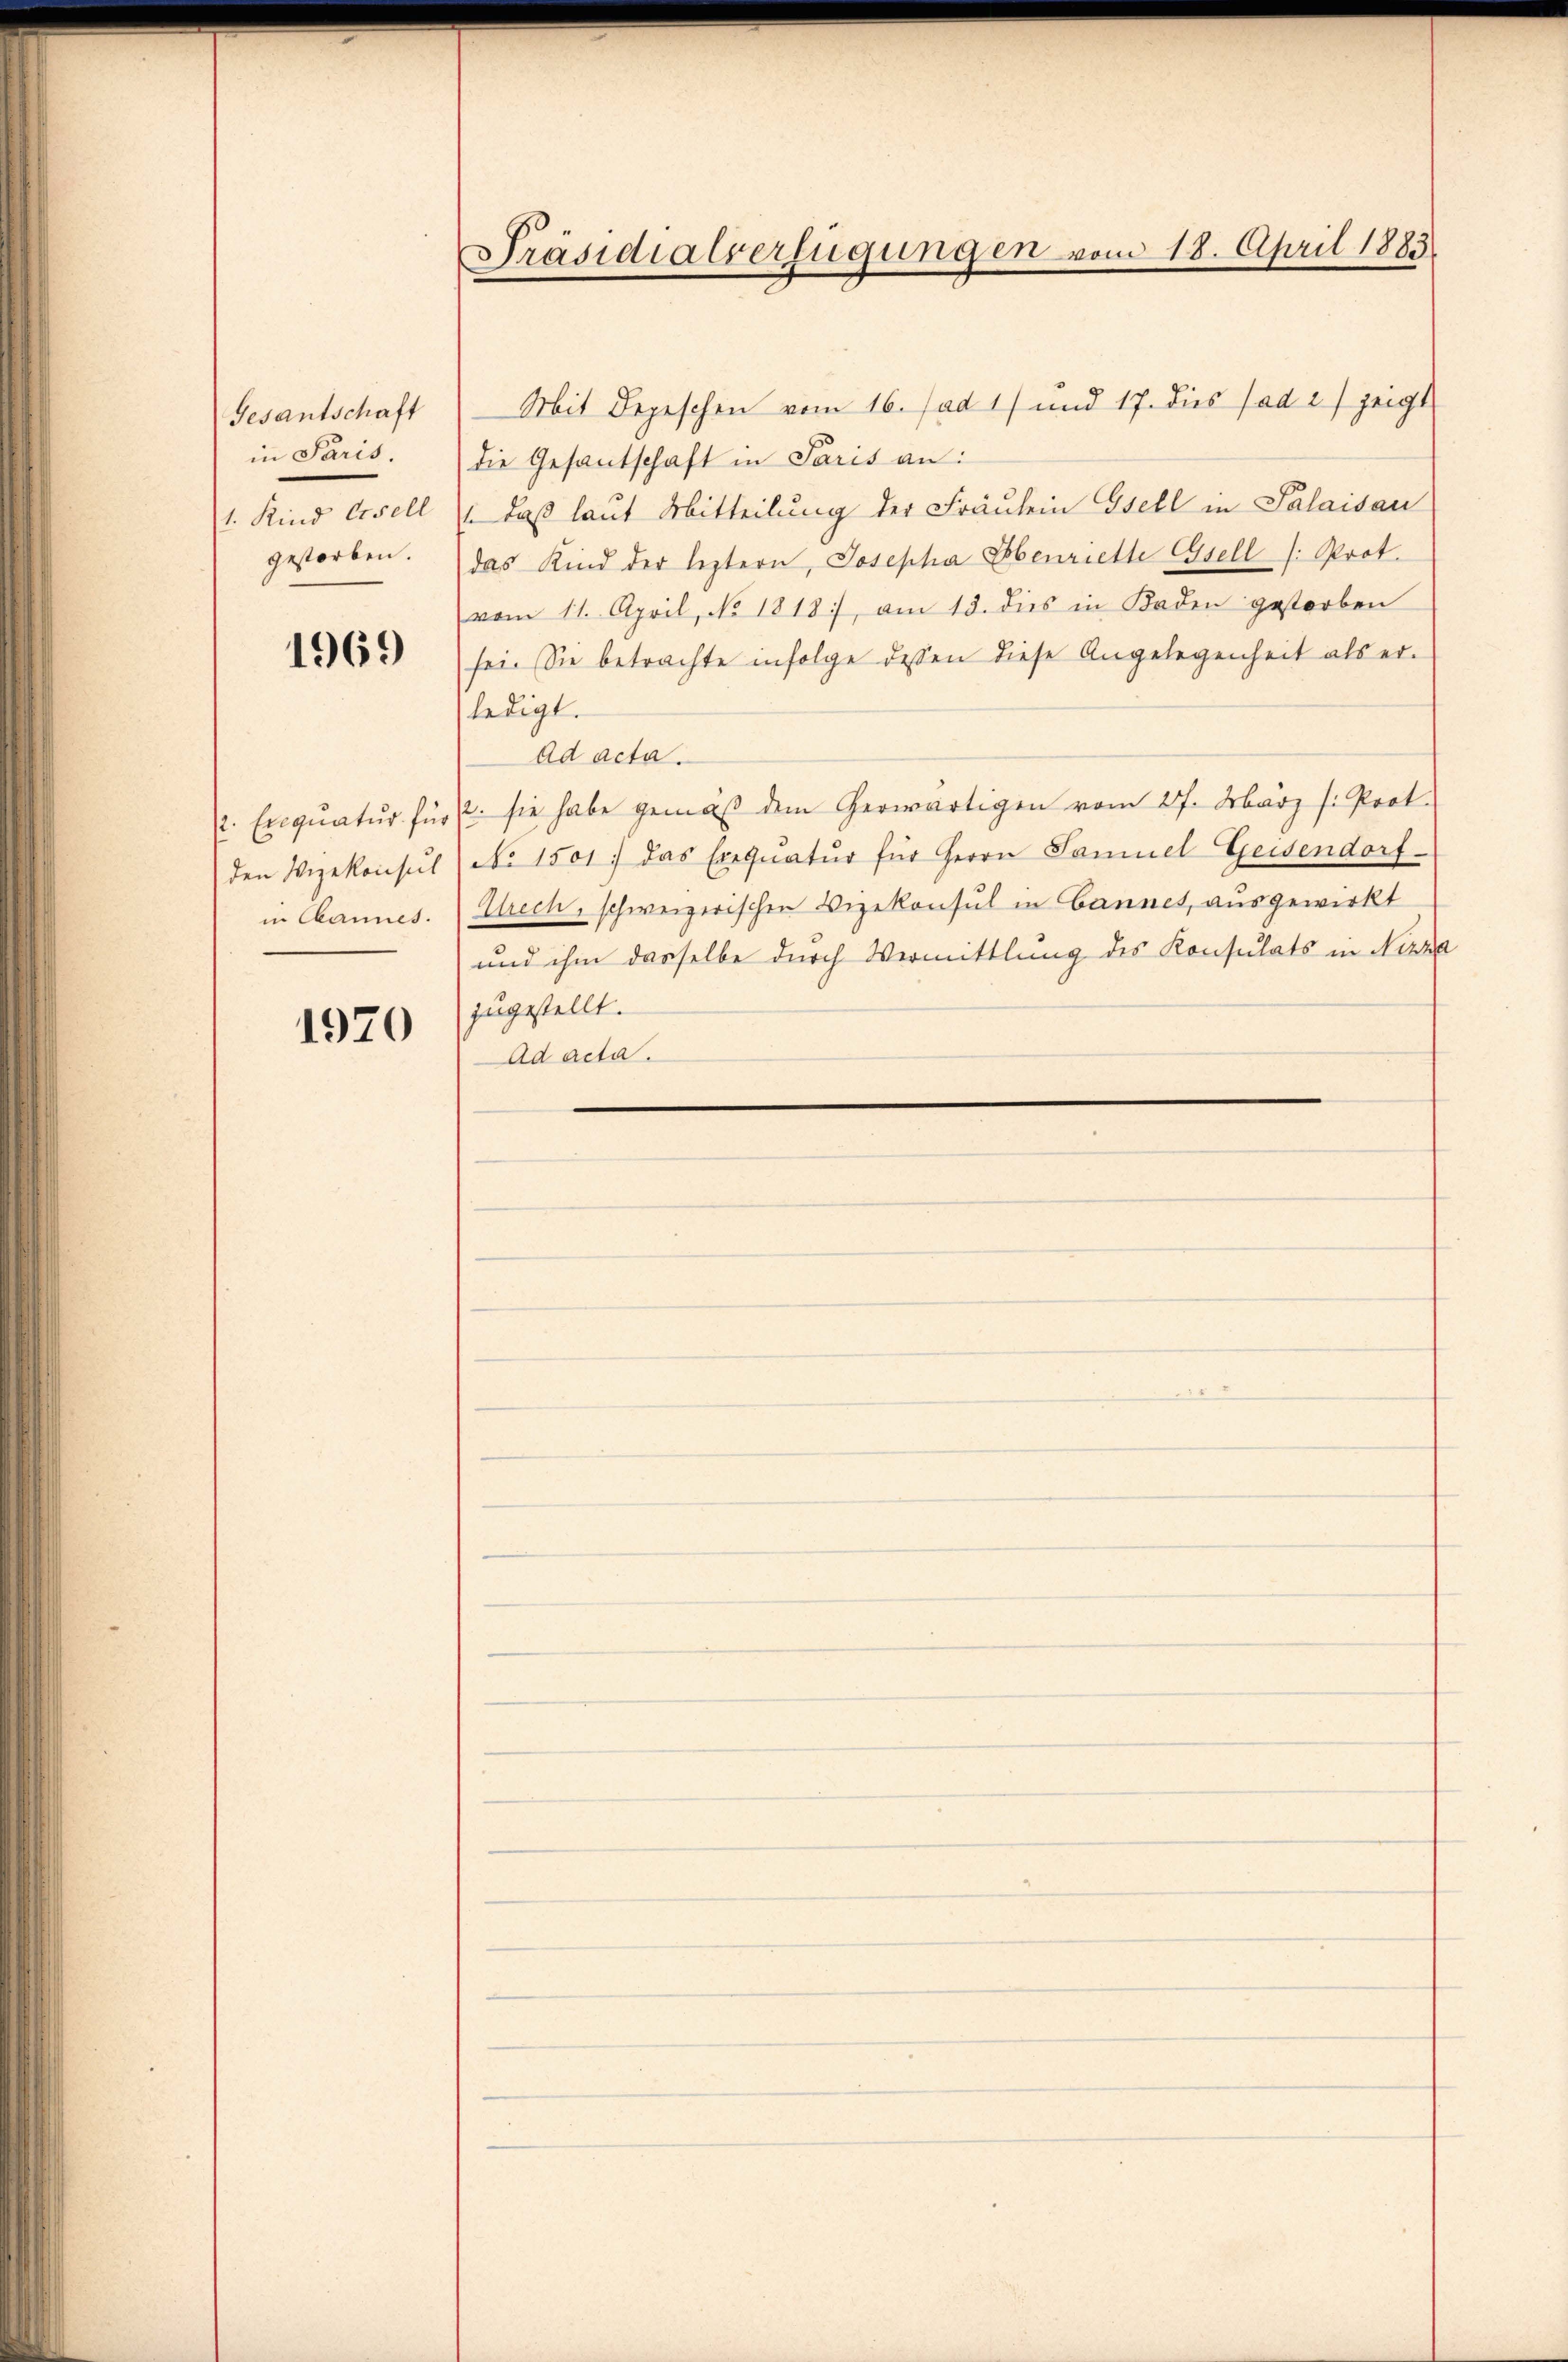
Gesantschaft
in Paris.
1. Kind Gesell
gestorben.

1969

den Vizekonsul
in Channes.

1970

Präsidialverfügungen vom 18. April 1883.

Mit Depeschen vom 16. Jad 17 und 17. dies ad 2) zeigt
die Gesantschaft in Paris an:
" daß laut Mitteilung der Fräulein Gsell in Palaisau
das Kind der leztern, Josepha Ebenriette Gesell /: Prot.
vom 11. April, No 1818, am 13. dies in Kaden gestorben
sei. Sie betrachte infolge dessen diese Angelegenheit als er-
ledigt.
Ad acta.
. Enqŭatŭr für 2. sie habe gemäβ dem herwärtigen vom 27. März /: Prot.
No 1501, das Exequatur für Herrn Samuel Geisendorf
Alrech, schweizerischen Vizekonsul in Cannes, ausgewirkt
und ihm dasselbe durch Vermittlung des Konsulats in Nizza
zugestellt.
Ad acta.